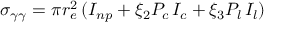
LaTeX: \sigma _ { \gamma \gamma } = \pi r _ { e } ^ { 2 } \, ( I _ { n p } + \xi _ { 2 } P _ { c } \, I _ { c } + \xi _ { 3 } P _ { l } \, I _ { l } )